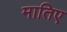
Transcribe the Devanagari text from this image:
मातिए